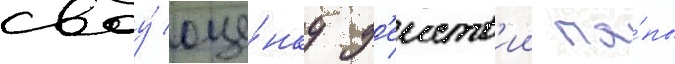
своу́ оце́нку д'еиств'ии па́пы